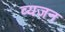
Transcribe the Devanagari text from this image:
व्यजन